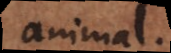
animal.